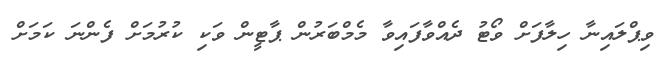
ވިޕްލައިނާ ހިލާފަށް ވޯޓު ދެއްވާފައިވާ މެމްބަރުން ޕާޓީން ވަކި ކުރުމަށް ފެންނަ ކަމަށް